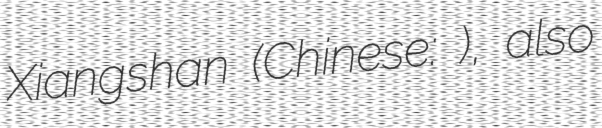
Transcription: Xiangshan (Chinese: 象山), also